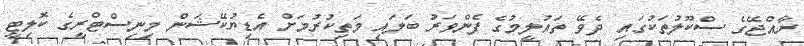
ރާއްޖޭގެ ސްކޫލުތަކުގައި ދެވޭ ތައުލީމުގެ ފެންވަރު ބަލައި މަތިކުރުމަށް އެޑިޔުކޭޝަން މިނިސްޓްރީގެ ކޮލިޓީ